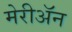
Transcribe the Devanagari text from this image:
मेरीॲन